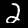
Label: 2